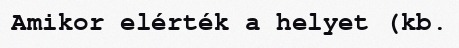
Amikor elérték a helyet (kb.